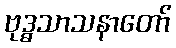
ဗုဒ္ဓသာသနာတော်